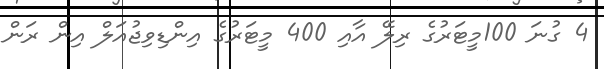
4 ގުނަ 100މީޓަރުގެ ރިލޭ އާއި 400 މީޓަރުގެ އިންޑިވިޖުއަލް އިން ރަން